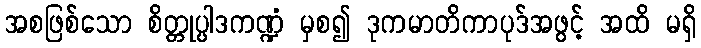
အစဖြစ်သော စိတ္တုပ္ပါဒကဏ္ဍံ မှစ၍ ဒုကမာတိကာပုဒ်အဖွင့် အထိ မရှိ